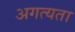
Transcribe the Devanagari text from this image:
अगत्यता